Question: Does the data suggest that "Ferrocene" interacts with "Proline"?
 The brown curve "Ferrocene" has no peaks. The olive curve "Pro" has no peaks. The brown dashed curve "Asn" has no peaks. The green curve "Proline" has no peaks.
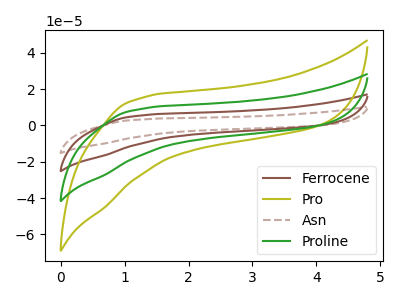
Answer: <think>Neither "Ferrocene" or "Proline" have any peaks.
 </think>
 <answer>No, "Ferrocene" and "Proline" don't appear to be significantly different in shape</answer>
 <eval>no_change</eval>